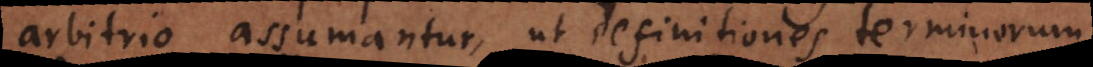
arbitrio assumantur, ut definitiones terminorum,